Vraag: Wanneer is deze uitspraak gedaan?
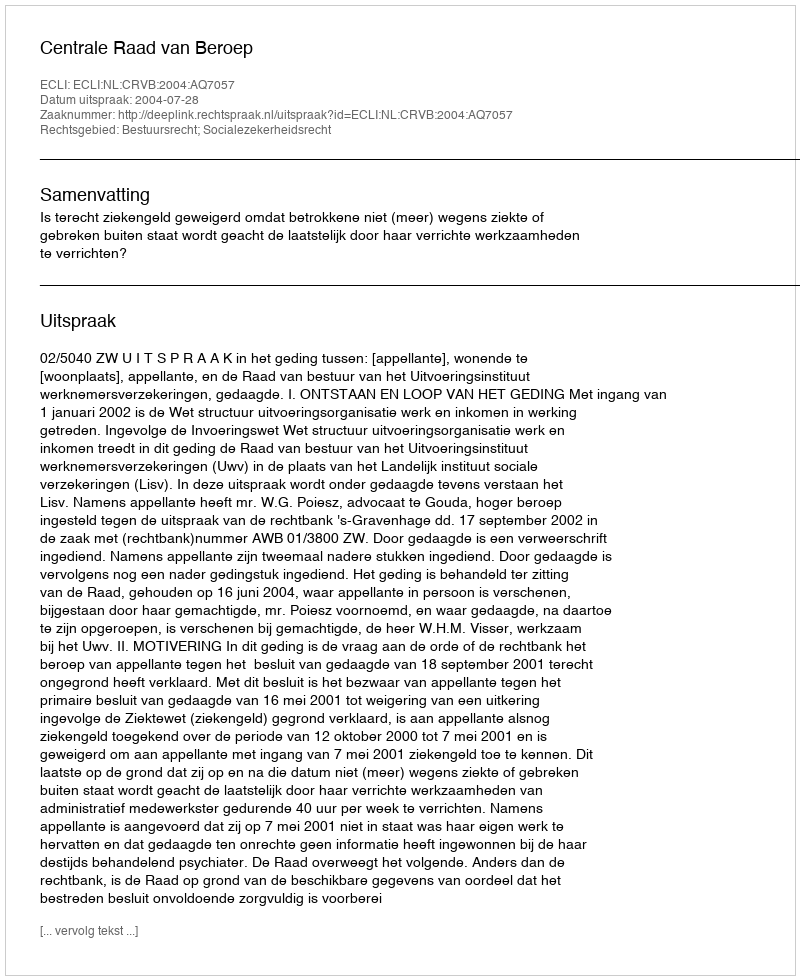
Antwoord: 2004-07-28